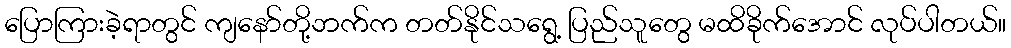
ပြောကြားခဲ့ရာတွင် ကျနော်တို့ဘက်က တတ်နိုင်သရွေ့ ပြည်သူတွေ မထိခိုက်အောင် လုပ်ပါတယ်။